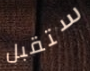
ستقبل